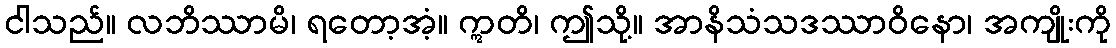
ငါသည်။ လဘိဿာမိ၊ ရတော့အံ့။ ဣတိ၊ ဤသို့။ အာနိသံသဒဿာဝိနော၊ အကျိုးကို